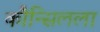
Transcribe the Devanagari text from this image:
कौन्सिलला